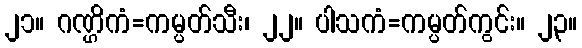
၂၁။ ဂဏ္ဌိကံ=ကမ္ပတ်သီး၊ ၂၂။ ပါသကံ=ကမ္ပတ်ကွင်း။ ၂၃။